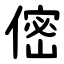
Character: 㑻